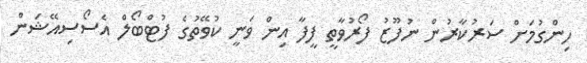
ހިންގުމަށް ސަރުކާރުން ނުފޫޒު ފޯރުވާތީ ފީފާ އިން ވަނީ ކުވޭތުގެ ފުޓްބޯލް އެސޯސިއޭޝަން